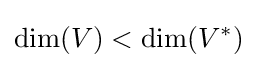
\mathrm {dim} (V)<\mathrm {dim} (V^{*})